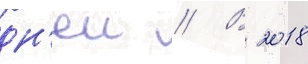
дн'еи // В 2018